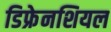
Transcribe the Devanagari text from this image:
डिफ्रेनशियल